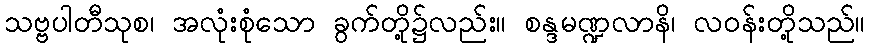
သဗ္ဗပါတီသုစ၊ အလုံးစုံသော ခွက်တို့၌လည်း။ စန္ဒမဏ္ဍလာနိ၊ လဝန်းတို့သည်။